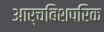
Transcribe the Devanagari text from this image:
आर्चबिशपरिक